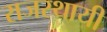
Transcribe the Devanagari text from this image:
राजस्थायी